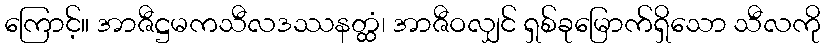
ကြောင့်။ အာဇီဋ္ဌမကသီလဒဿနတ္ထံ၊ အာဇီဝလျှင် ရှစ်ခုမြောက်ရှိသော သီလကို